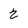
Character: 2